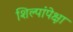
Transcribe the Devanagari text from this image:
शिल्पांपेक्षा